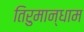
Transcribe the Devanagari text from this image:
तिरुमान्धाम